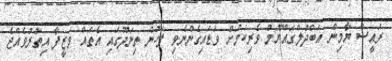
ރައީސް ޔާމިން އަބްދުލްގައްޔޫމް ވެރިކަމަށް ވަޑައިގެންނެވި ފަހުން ތިނަދޫގައި އެތައް ވަޒީފާ އިތުރުވެއްޖެ